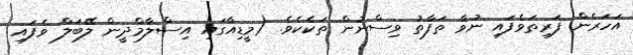
އަހަރެން ފަރިތަވެފައި ނުވާ ތަފާތު ވިސްނުން ތަކެކެވެ. (މީޑިއާގައި އިސްލާމްދީން ލޭބަލް ވެފައި